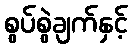
စွပ်စွဲချက်နှင့်